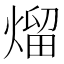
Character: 熘